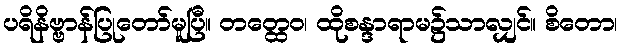
ပရိနိဗ္ဗာန်ပြုတော်မူပြီ။ တတ္ထေဝ၊ ထိုစန္ဒာရာမ၌သာလျှင်။ စိတော၊